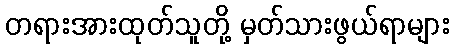
တရားအားထုတ်သူတို့ မှတ်သားဖွယ်ရာများ